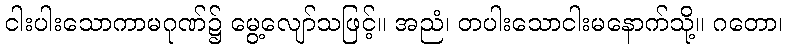
ငါးပါးသောကာမဂုဏ်၌ မွေ့လျော်သဖြင့်။ အညံ၊ တပါးသောငါးမနောက်သို့။ ဂတော၊